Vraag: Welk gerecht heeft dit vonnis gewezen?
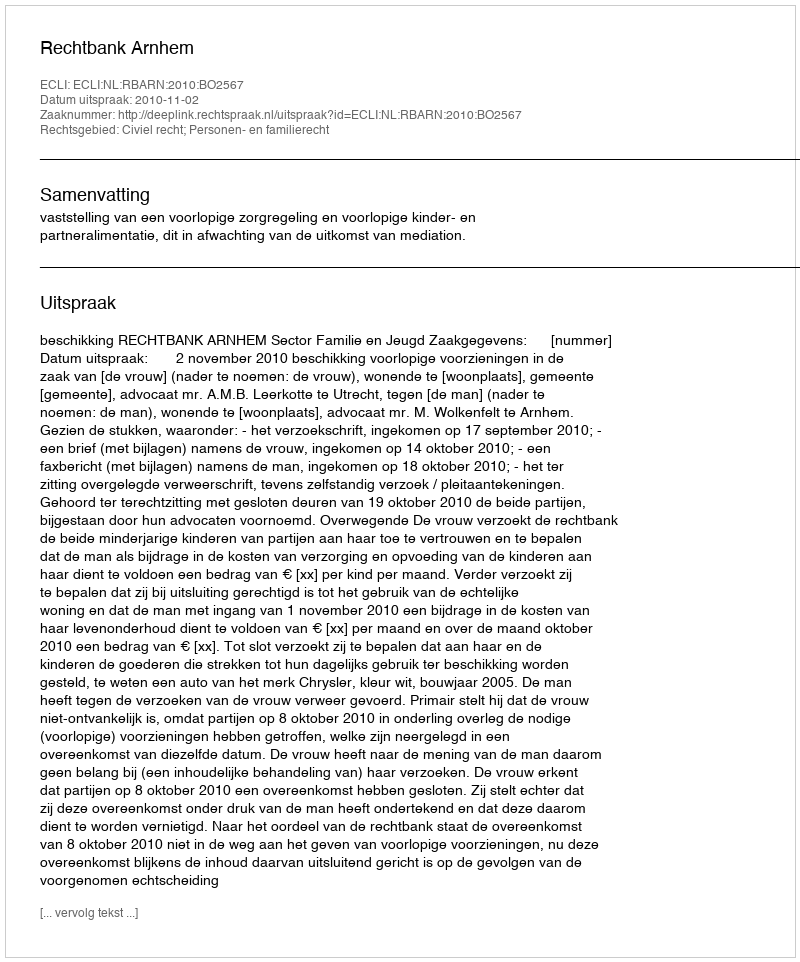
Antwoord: Rechtbank Arnhem